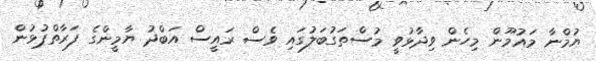
ޔުމްނާ މައުމޫން މިހެން ވިދާޅުވީ މުސްތަގުބަލުގައި ވެސް ރައީސް އަބްދު ޔާމީންގެ ފަރާތްޕުޅުން